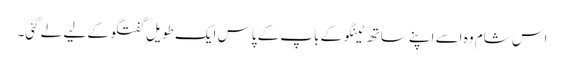
اس شام وہ اسے اپنے ساتھ ٹینگو کے باپ کے پاس ایک طویل گفتگو کے لیے لے گئی۔